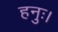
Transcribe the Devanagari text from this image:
हनुः।